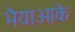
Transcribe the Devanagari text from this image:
भैयाओके